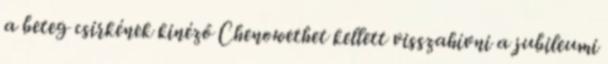
a beteg csirkének kinéző Chenowethet kellett visszahívni a jubileumi